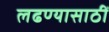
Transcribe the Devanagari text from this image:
लढण्यासाठीं